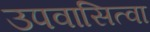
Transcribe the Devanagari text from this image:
उपवासित्वा